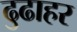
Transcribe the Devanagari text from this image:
ढुढाहर